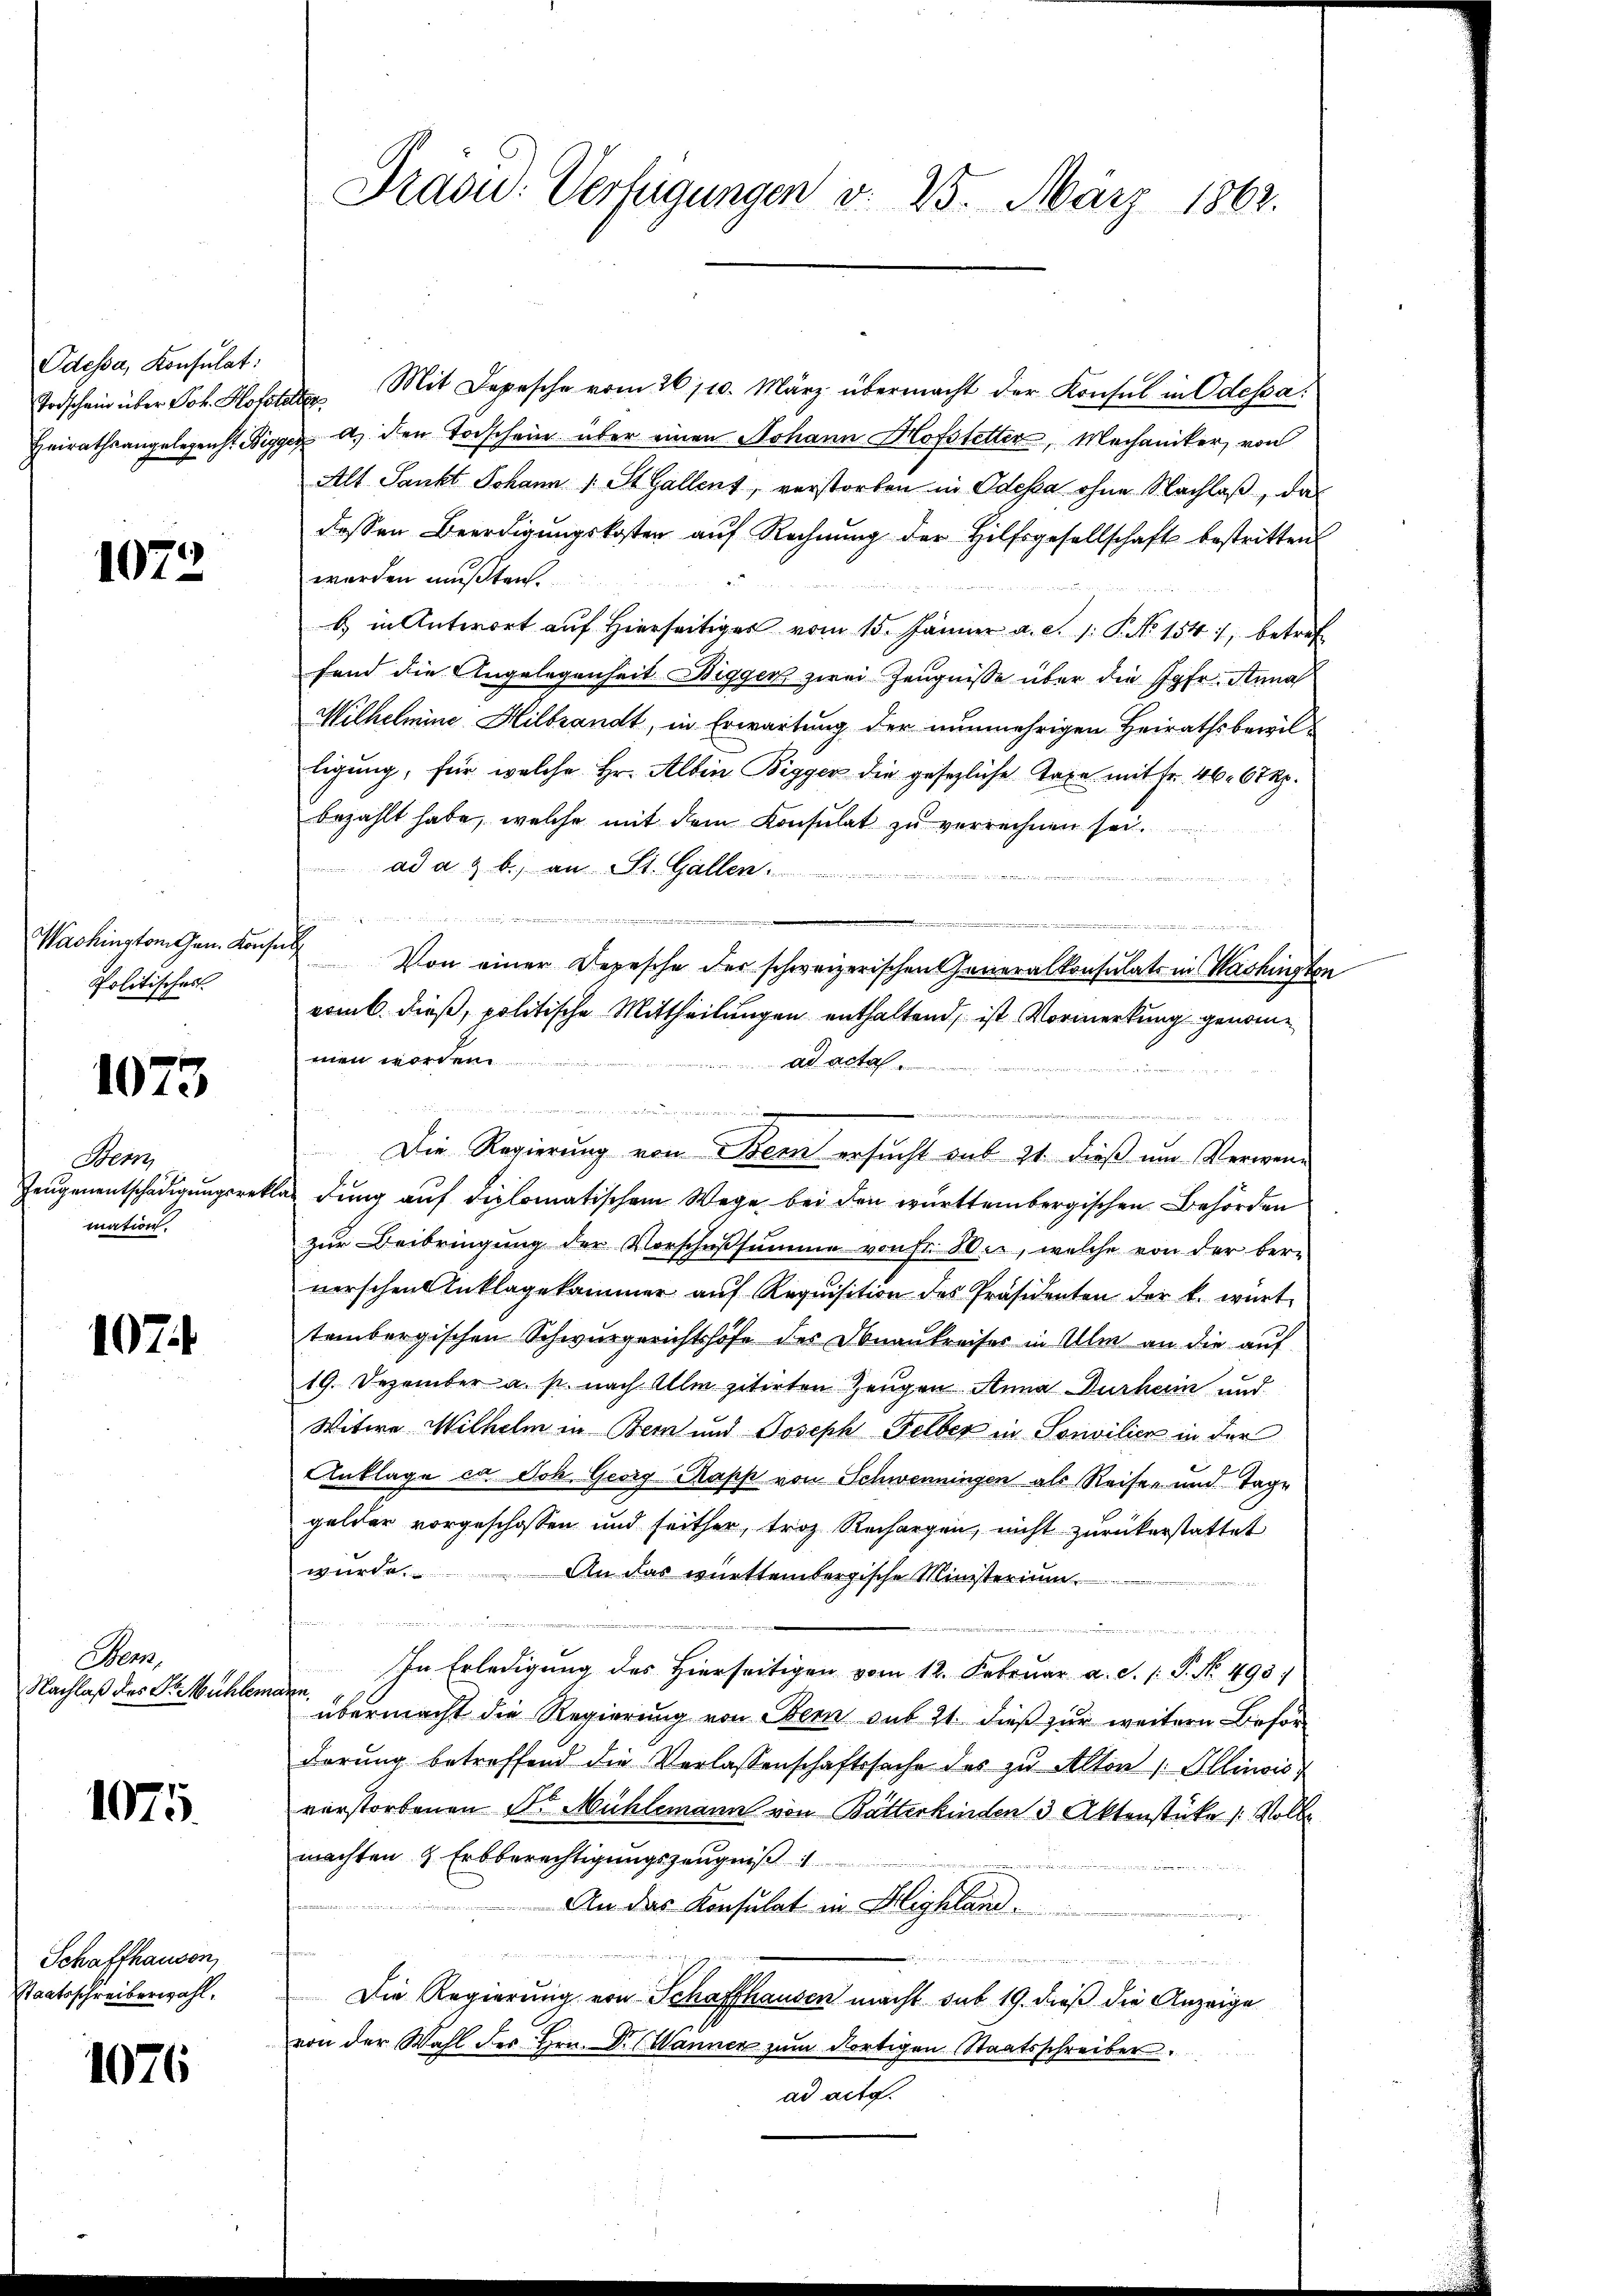
Odessa, Konsulat:

1072

Washington Gen. Kons
Politisches

1073

Bern
Zeugenentschädigungsrat
mation.

107.

Hen
Nachlaß des Dr. Mühler

1075.

Schaffhausen,
Staatsschreiberwahl.

1076

Dras: Verfügungen d. 25. März 1862.

Todschein über Joh. Hofster Mit Depesche vom 26/10. März übermacht der Konsul in Odessa
Heirathsangelegenst Bigger a. den Todschein über einen Johann Hofstetter, Mechaniker, von
Alt Sankt Johann 1 St. Gallent, verstorben in Odessa ohne Nachlaß, das
dessen Beerdigŭngskosten aŭf Rechnŭng der Hilfsgesellschaft bestritten
worden mußten.
b in Antwort auf hierseitiges vom 15. Jänner a. c. 1: P. No 1541, betref
fand die Angelegenheit Digger zwei Zeugnisse über die Jgfr. Anna
Wilhelmine Hilbrandt, in Erwartung der nunmehrigen Heirathsbewilligung, für welche Hr. Albin Bigger die gesezliche Taxa mit Fr. 46. 67 Rp.
bezahlt habe, welche mit dem Konsulat zu verrechnen sei.
ad a. g. b) an St. Gallen.
e
  der an
¬
vementen in man verschen
h
Von einer Depesche der schweizerischen Generalkonsulats in Machington
vomb. dieß, politische Mittheilungen enthaltend, ist Vormerkung genommen worden.
ad acta
2
 1 Messen in der
Die Regierung von Bern ersucht aus 21. dieß um Verwenlas dung auf diplomatischem Wege bei den württembergischen Behörden
zur Beibringung der Vorschußsumme von fr. Wir, welche von der bere
nerschen Anklagekammer aŭf Requisition des Präsidenten der k. würt
tembergischen Schwurgerichtshofe des Donaukreises in Ulm an die auf
19. Dezember a. p. nach Ulm zitirten Zeugen Anna Durheim und
Witwe Wilhelm in Bern und Joseph Felber in Sonvilien in der
Anklage ca doch Georg Rapp von Schwenningen als Reise- und Tage
gelder vorgeschossen und seither, troz Rechargen, nicht zurückerstattet
würde.
An das württembergische Ministerium
  .  14, der
 e der
e
In Erledigung des Hierseitigen vom 12. Februar a. d. P. No. 493.
e
übermacht die Regierung von Bern sub 21. dieß zur weitere Befördörŭng betreffend die Verlassenschaftssache des zu Alten / Illinois
verstorbenen Dr Mühlemann von Butterkinden 3 Aktenstüke / Volke
machten & Erbberechtigungszeugniß
An das Konsulat in Highlandd
n
e
n   der Andern au
f
Die Regierung von Schaffhausen macht sub 19. dieß die Anzeige
von der Wahl des Hrn. Dr. Wanner zŭm dortigen Staatsschreiber.
ad acta.